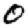
Digit: 0